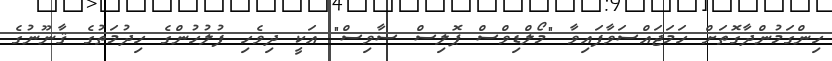
ހިންގަމުންދާގޮތަށް ހަމަޖައްސަވާފައިވާ "މޯލްޑިވްސް ޕޮލިސް ސާވިސް" އަކީ ދިވެހި ފުލުހުންގެ ހިދުމަތުގެ ޤާނޫނުގެ